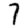
Digit: 7